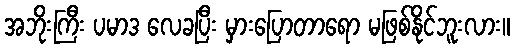
အဘိုးကြီး ပမာဒ လေခပြီး မှားပြောတာရော မဖြစ်နိုင်ဘူးလား။